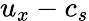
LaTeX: u_{x}-c_{s}